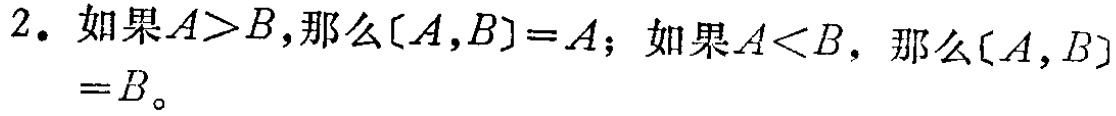
2. 如果$A > B$，那么$[A,B]=A$；如果$A < B$，那么$[A,B]=B$。